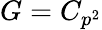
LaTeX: G=C_{p^{2}}